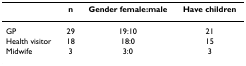
|  | n | Gender female:male | Have children |
 | --- | --- | --- | --- |
 | GP | 29 | 19:10 | 21 |
 | Health visitor | 18 | 18:0 | 15 |
 | Midwife | 3 | 3:0 | 3 |